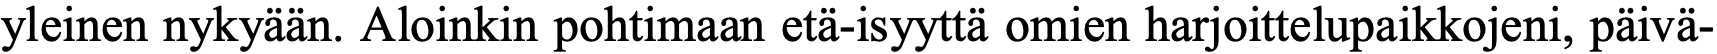
yleinen nykyään. Aloinkin pohtimaan etä-isyyttä omien harjoittelupaikkojeni, päivä-